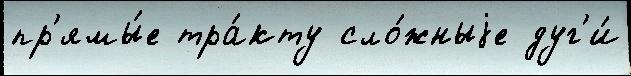
пр'ямы́е тра́кту сло́жныjе дуг'и́